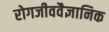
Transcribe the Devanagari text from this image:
रोगजीववैज्ञानिक